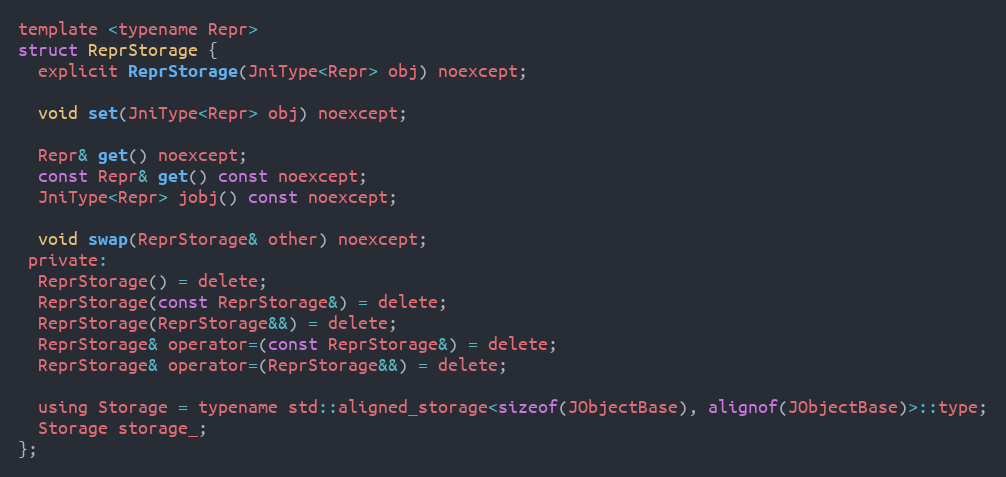
Language: C
template <typename Repr>
struct ReprStorage {
  explicit ReprStorage(JniType<Repr> obj) noexcept;

  void set(JniType<Repr> obj) noexcept;

  Repr& get() noexcept;
  const Repr& get() const noexcept;
  JniType<Repr> jobj() const noexcept;

  void swap(ReprStorage& other) noexcept;
 private:
  ReprStorage() = delete;
  ReprStorage(const ReprStorage&) = delete;
  ReprStorage(ReprStorage&&) = delete;
  ReprStorage& operator=(const ReprStorage&) = delete;
  ReprStorage& operator=(ReprStorage&&) = delete;

  using Storage = typename std::aligned_storage<sizeof(JObjectBase), alignof(JObjectBase)>::type;
  Storage storage_;
};